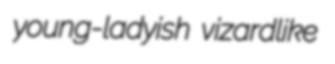
young-ladyish vizardlike